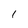
Character: 1